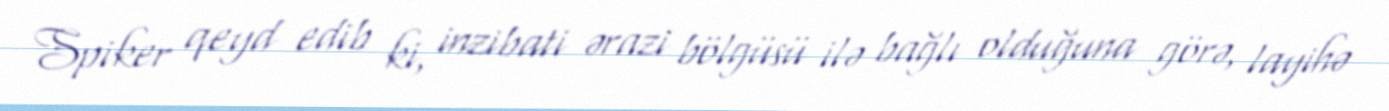
Spiker qeyd edib ki, inzibati ərazi bölgüsü ilə bağlı olduğuna görə, layihə